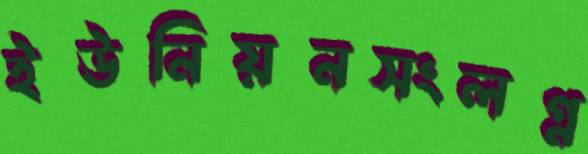
ইউনিয়নসংলগ্ন